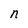
Character: n